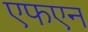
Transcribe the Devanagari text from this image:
एफएन